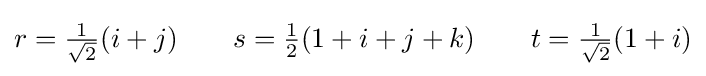
r={\tfrac {1}{\sqrt {2}}}(i+j)\qquad s={\tfrac {1}{2}}(1+i+j+k)\qquad t={\tfrac {1}{\sqrt {2}}}(1+i)